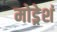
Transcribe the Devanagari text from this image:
मोड्रेशं